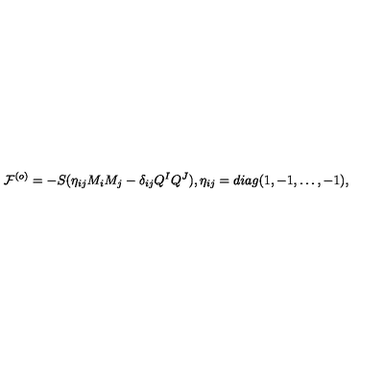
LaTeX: { \cal F } ^ { ( o ) } = - S ( \eta _ { i j } M _ { i } M _ { j } - \delta _ { i j } Q ^ { I } Q ^ { J } ) , \eta _ { i j } = d i a g ( 1 , - 1 , \dots , - 1 ) ,